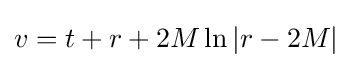
{\textstyle v=t+r+2M\ln |r-2M|}